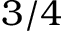
3 / 4